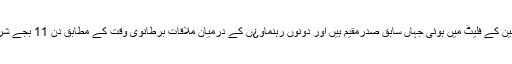
میڈیا رپورٹس کے مطابق دونوں رہنمائوں کی ملاقات پارک لین کے فلیٹ میں ہوئی جہاں سابق صدرمقیم ہیں اور دونوں رہنماو¿ں کے درمیان ملاقات برطانوی وقت کے مطابق دن 11 بجے شروع ہوئی جو 5گھنٹے تک جاری رہی اور 4 بجے ختم ہوئی ۔